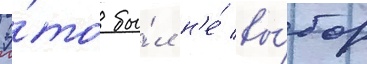
Э́то бы́л н'е́ вы́бор